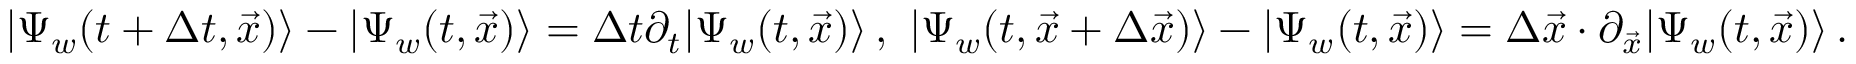
| \Psi _ { w } ( t + \Delta t , \vec { x } ) \rangle - | \Psi _ { w } ( t , \vec { x } ) \rangle = \Delta t \partial _ { t } | \Psi _ { w } ( t , \vec { x } ) \rangle \, , \ | \Psi _ { w } ( t , \vec { x } + \Delta \vec { x } ) \rangle - | \Psi _ { w } ( t , \vec { x } ) \rangle = \Delta \vec { x } \cdot \partial _ { \vec { x } } | \Psi _ { w } ( t , \vec { x } ) \rangle \, .